Lunatic asylums Madras 1877-1891 - 1877-1891
Year: 1877
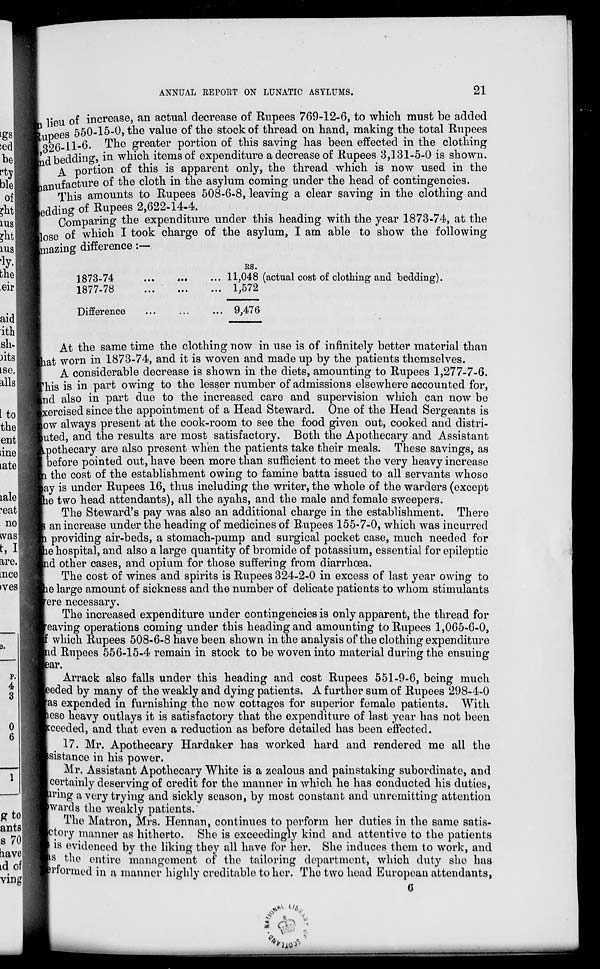
ANNUAL REPORT ON LUNATIC ASYLUMS.
21
in lieu of increase, an actual decrease of Rupees 769-12-6, to which must be added
Rupees 550-15-0, the value of the stock of thread on hand, making the total Rupees
,326-11-6. The greater portion of this saving has been effected in the clothing
and bedding, in which items of expenditure a decrease of Rupees 3,131-5-0 is shown.
A portion of this is apparent only, the thread which is now used in the
manufacture of the cloth in the asylum coming under the head of contingencies.
This amounts to Rupees 508-6-8, leaving a clear saving in the clothing and
bedding of Rupees 2,622-14-4.
Comparing the expenditure under this heading with the year 1873-74, at the
lose of which I took charge of the asylum, I am able to show the following
mazing difference:—
1873-74 ... ... ...
1877-78
...
...
...
Difference ... ... ...
RS.
11,048
1,572
9,476
(actual cost of clothing and bedding).
At the same time the clothing now in use is of infinitely better material than
that worn in 1873-74, and it is woven and made up by the patients themselves.
A considerable decrease is shown in the diets, amounting to Rupees 1,277-7-6.
This is in part owing to the lesser number of admissions elsewhere accounted for,
and also in part due to the increased care and supervision which can now be
exercised since the appointment of a Head Steward. One of the Head Sergeants is
now always present at the cook-room to see the food given out, cooked and distri-
buted, and the results are most satisfactory. Both the Apothecary and Assistant
Apothecary are also present when the patients take their meals. These savings, as
before pointed out, have been more than sufficient to meet the very heavy increase
the cost of the establishment owing to famine batta issued to all servants whose
may is under Rupees 16, thus including the writer, the whole of the warders (except
the two head attendants), all the ayahs, and the male and female sweepers.
The Steward's pay was also an additional charge in the establishment. There
is an increase under the heading of medicines of Rupees 155-7-0, which was incurred
providing air-beds, a stomach-pump and surgical pocket case, much needed for
the hospital, and also a large quantity of bromide of potassium, essential for epileptic
and other cases, and opium for those suffering from diarrhoea.
The cost of wines and spirits is Rupees 324-2-0 in excess of last year owing to
the large amount of sickness and the number of delicate patients to whom stimulants
were necessary.
The increased expenditure under contingencies is only apparent, the thread for
weaving operations coming under this heading and amounting to Rupees 1,065-6-0,
which Rupees 508-6-8 have been shown in the analysis of the clothing expenditure
and Rupees 556-15-4 remain in stock to be woven into material during the ensuing
year.
Arrack also falls under this heading and cost Rupees 551-9-6, being much
eeded by many of the weakly and dying patients. A further sum of Rupees 298-4-0
was expended in furnishing the new cottages for superior female patients. With
ese heavy outlays it is satisfactory that the expenditure of last year has not been
suceeded, and that even a reduction as before detailed has been effected.
17. Mr. Apothecary Hardaker has worked hard and rendered me all the
asistance in his power.
Mr. Assistant Apothecary White is a zealous and painstaking subordinate, and
certainly deserving of credit for the manner in which he has conducted his duties,
during a very trying and sickly season, by most constant and unremitting attention
wards the weakly patients.
The Matron, Mrs. Hennan, continues to perform her duties in the same satis-
factory manner as hitherto. She is exceedingly kind and attentive to the patients
is evidenced by the liking they all have for her. She induces them to work, and
as the entire management of the tailoring department, which duty she has
performed in a manner highly creditable to her. The two head European attendants,
6